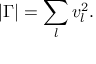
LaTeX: | \Gamma | = \sum _ { l } v _ { l } ^ { 2 } .